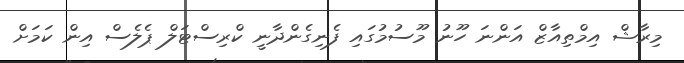
މިރާޝް އިމްތިއާޒް އަންނަ ހޫނު މޫސުމުގައި ފެނިގެންދާނީ ކްރިސްޓަލް ޕެލެސް އިން ކަމަށް